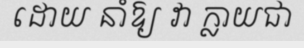
ដោយ នាំឱ្យ វា ក្លាយជា